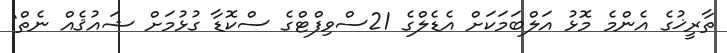
ތާރީޚުގެ އެންމެ މޮޅު އަލްބަމަކަށް އެޑެލްގެ 21ސްވިފްޓްގެ ސްކޮޑާ ގުޅުމަށް ޝައުޤެއް ނެތް: